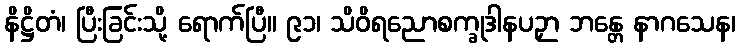
နိဋ္ဌိတံ၊ ပြီးခြင်းသို့ ရောက်ပြီ။ ၉၁၊ သိဝိရညောစက္ခုဒါနပဉှာ ဘန္တေ နာဂသေန၊